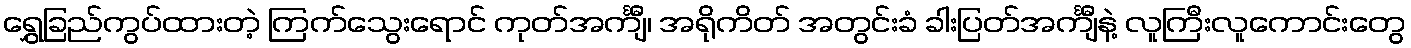
ရွှေခြည်ကွပ်ထားတဲ့ ကြက်သွေးရောင် ကုတ်အင်္ကျီ၊ အရိုကိတ် အတွင်းခံ ခါးပြတ်အင်္ကျီနဲ့ လူကြီးလူကောင်းတွေ